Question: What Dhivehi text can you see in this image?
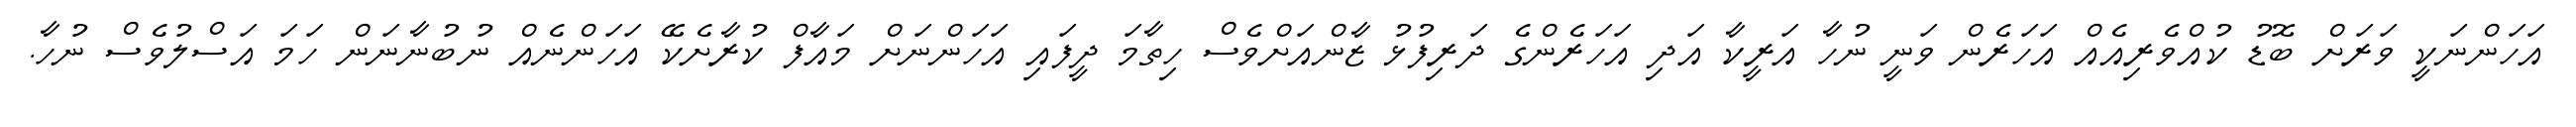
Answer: އަހަންނަކީ ވަރަށް ބޮޑު ކުއްވެރިއެއް އަހަރެން ވަނީ ނުހާ އަރީކާ އަދި އަހަރެންގެ ދަރިފުޅު ޒާންއަށްވެސް ހިތާމަ ދީފައި އަހަންނަށް މައާފް ކުރާށެކޭ އަހަންނެއް ނުބުނާނަން ހަމަ އަސްލުވެސް ނުހާ.